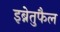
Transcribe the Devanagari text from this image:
इब्नेतुफैल